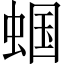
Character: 蝈